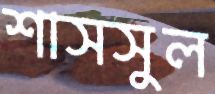
শাসসুল